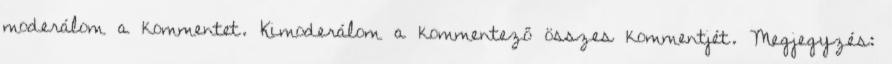
moderálom a kommentet. Kimoderálom a kommentező összes kommentjét. Megjegyzés: